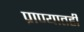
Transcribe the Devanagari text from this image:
प्राण्यातही